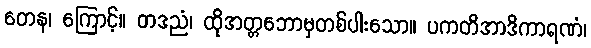
တေန၊ ကြောင့်။ တဒညံ၊ ထိုအတ္တဘောမှတစ်ပါးသော။ ပကတိအာဒိကာရဏံ၊